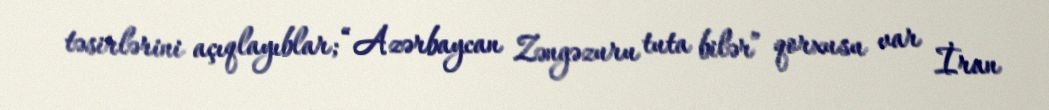
təsirlərini açıqlayıblar; “Azərbaycan Zəngəzuru tuta bilər” qorxusu var İran